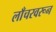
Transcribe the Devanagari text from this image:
लाँचरवरून